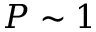
P \sim 1